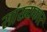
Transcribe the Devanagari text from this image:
सांख्यकार